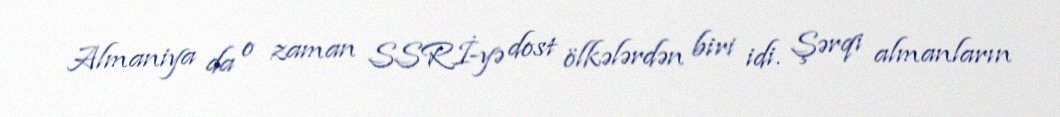
Almaniya da o zaman SSRİ-yə dost ölkələrdən biri idi. Şərqi almanların